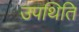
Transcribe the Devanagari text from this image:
उपथिति